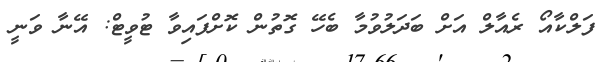
ފަލްކާއޯ ރެއާލް އަށް ބަދަލުވުމާ ބެހޭ ގޮތުން ކޮށްފައިވާ ޓުވީޓް: އޭނާ ވަނީ